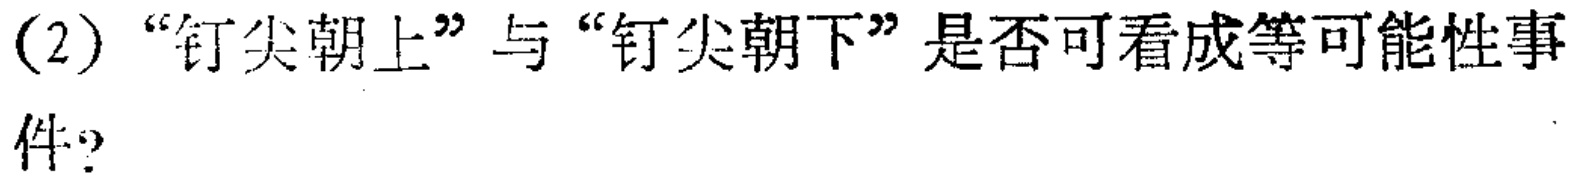
(2)“钉尖朝上”与“钉尖朝下”是否可看成等可能性事件？